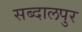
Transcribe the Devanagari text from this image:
सब्दालपुर